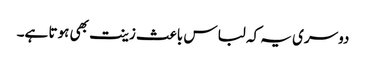
دوسری یہ کہ لباس باعث زینت بھی ہوتا ہے۔